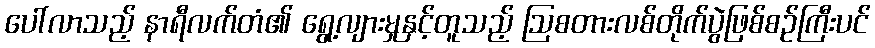
ပေါ်လာသည့် နာရီလက်တံ၏ ရွေ့လျားမှုနှင့်တူသည့် ဩစတားလစ်တိုက်ပွဲဖြစ်စဉ်ကြီးပင်